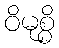
ဝိမုစ္စိ